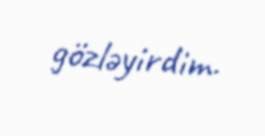
gözləyirdim.